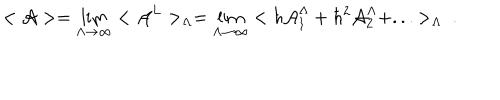
< { \cal A } > = \lim _ { \Lambda \rightarrow \infty } < { \cal A } ^ { L } > _ { \Lambda } = \lim _ { \Lambda \rightarrow \infty } < \hbar { \cal A } _ { 1 } ^ { \Lambda } + \hbar ^ { 2 } { \cal A } _ { 2 } ^ { \Lambda } + . . . > _ { \Lambda } \ .